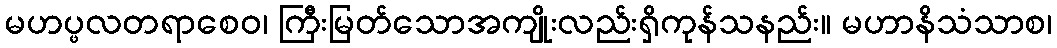
မဟပ္ဖလတရာစေဝ၊ ကြီးမြတ်သောအကျိုးလည်းရှိကုန်သနည်း။ မဟာနိသံသာစ၊